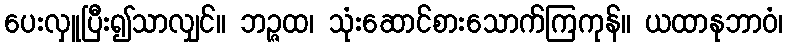
ပေးလှူပြီး၍သာလျှင်။ ဘဉ္ဇထ၊ သုံးဆောင်စားသောက်ကြကုန်။ ယထာနုဘာဝံ၊